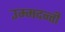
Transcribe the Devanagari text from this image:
उम्मदन्ती